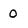
Character: 0